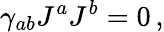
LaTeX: \gamma_{ab}J^{a}J^{b}=0\, ,